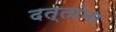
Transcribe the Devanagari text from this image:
दत्तांना